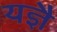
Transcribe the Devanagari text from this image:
यज्ञै